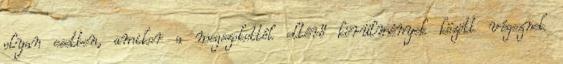
olyan esetben, amikor a megszokottól eltérő körülmények között végeznek